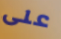
على